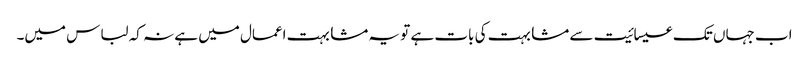
اب جہاں تک عیسائیت سے مشابہت کی بات ہے تو یہ مشابہت اعمال میں ہے نہ کہ لباس میں۔